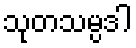
သုတသမ္ပဒါ